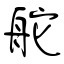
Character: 舵